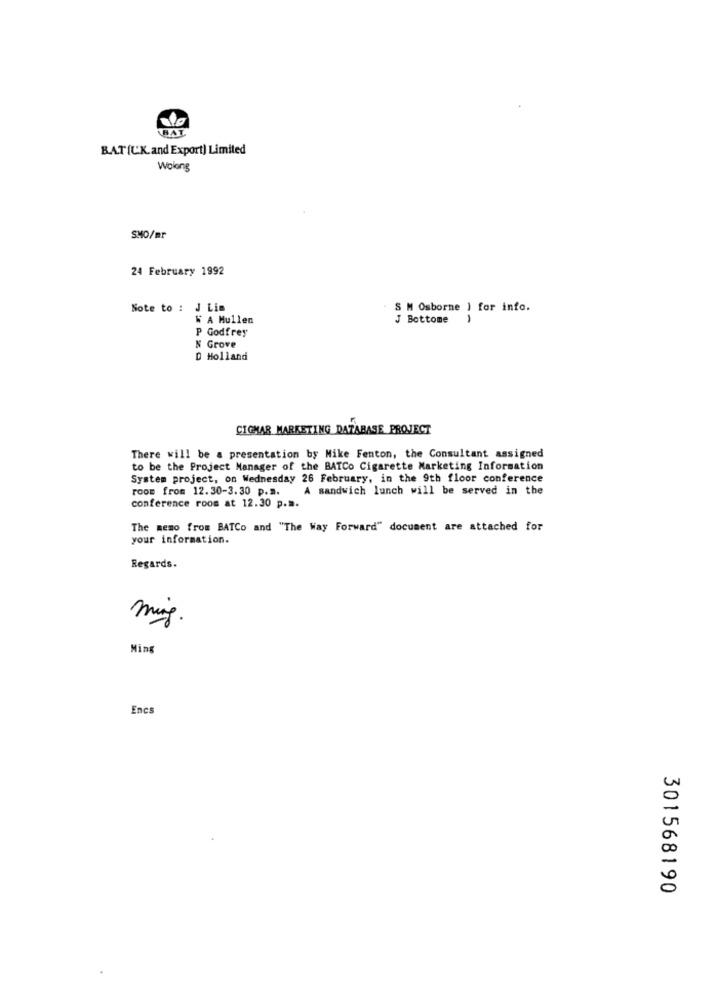
BAL
BAT(UK.and Export) Limited
Wolong
SMO/mr
24 February 1992
Note to : J Lis
S M Osborne ) for info.
W A Mullen
J Bottome
P Godfrey
N Grove
D Holland
CIGMAR MARKETING DATABASE PROJECT
There will be a presentation by Mike Fenton, the Consultant assigned
to be the Project Manager of the BATCo Cigarette Marketing Information
System project, on Wednesday 26 February, in the 9th floor conference
room from 12.30-3.30 p.m. A sandwich lunch will be served in the
conference room at 12.30 p.m.
The memo from BATCo and "The Way Forward" document are attached for
your information.
Regards.
mig.
Ming
Encs
301568190